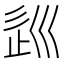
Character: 𡿽